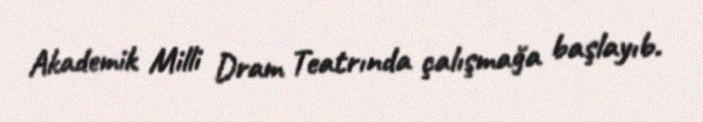
Akademik Milli Dram Teatrında çalışmağa başlayıb.